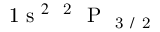
\mathrm { ~ 1 ~ s ~ } ^ { 2 } \; ^ { \mathrm { ~ 2 ~ } } \mathrm { ~ P ~ } _ { \mathrm { ~ 3 ~ / ~ 2 ~ } }